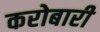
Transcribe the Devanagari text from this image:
करोबारी